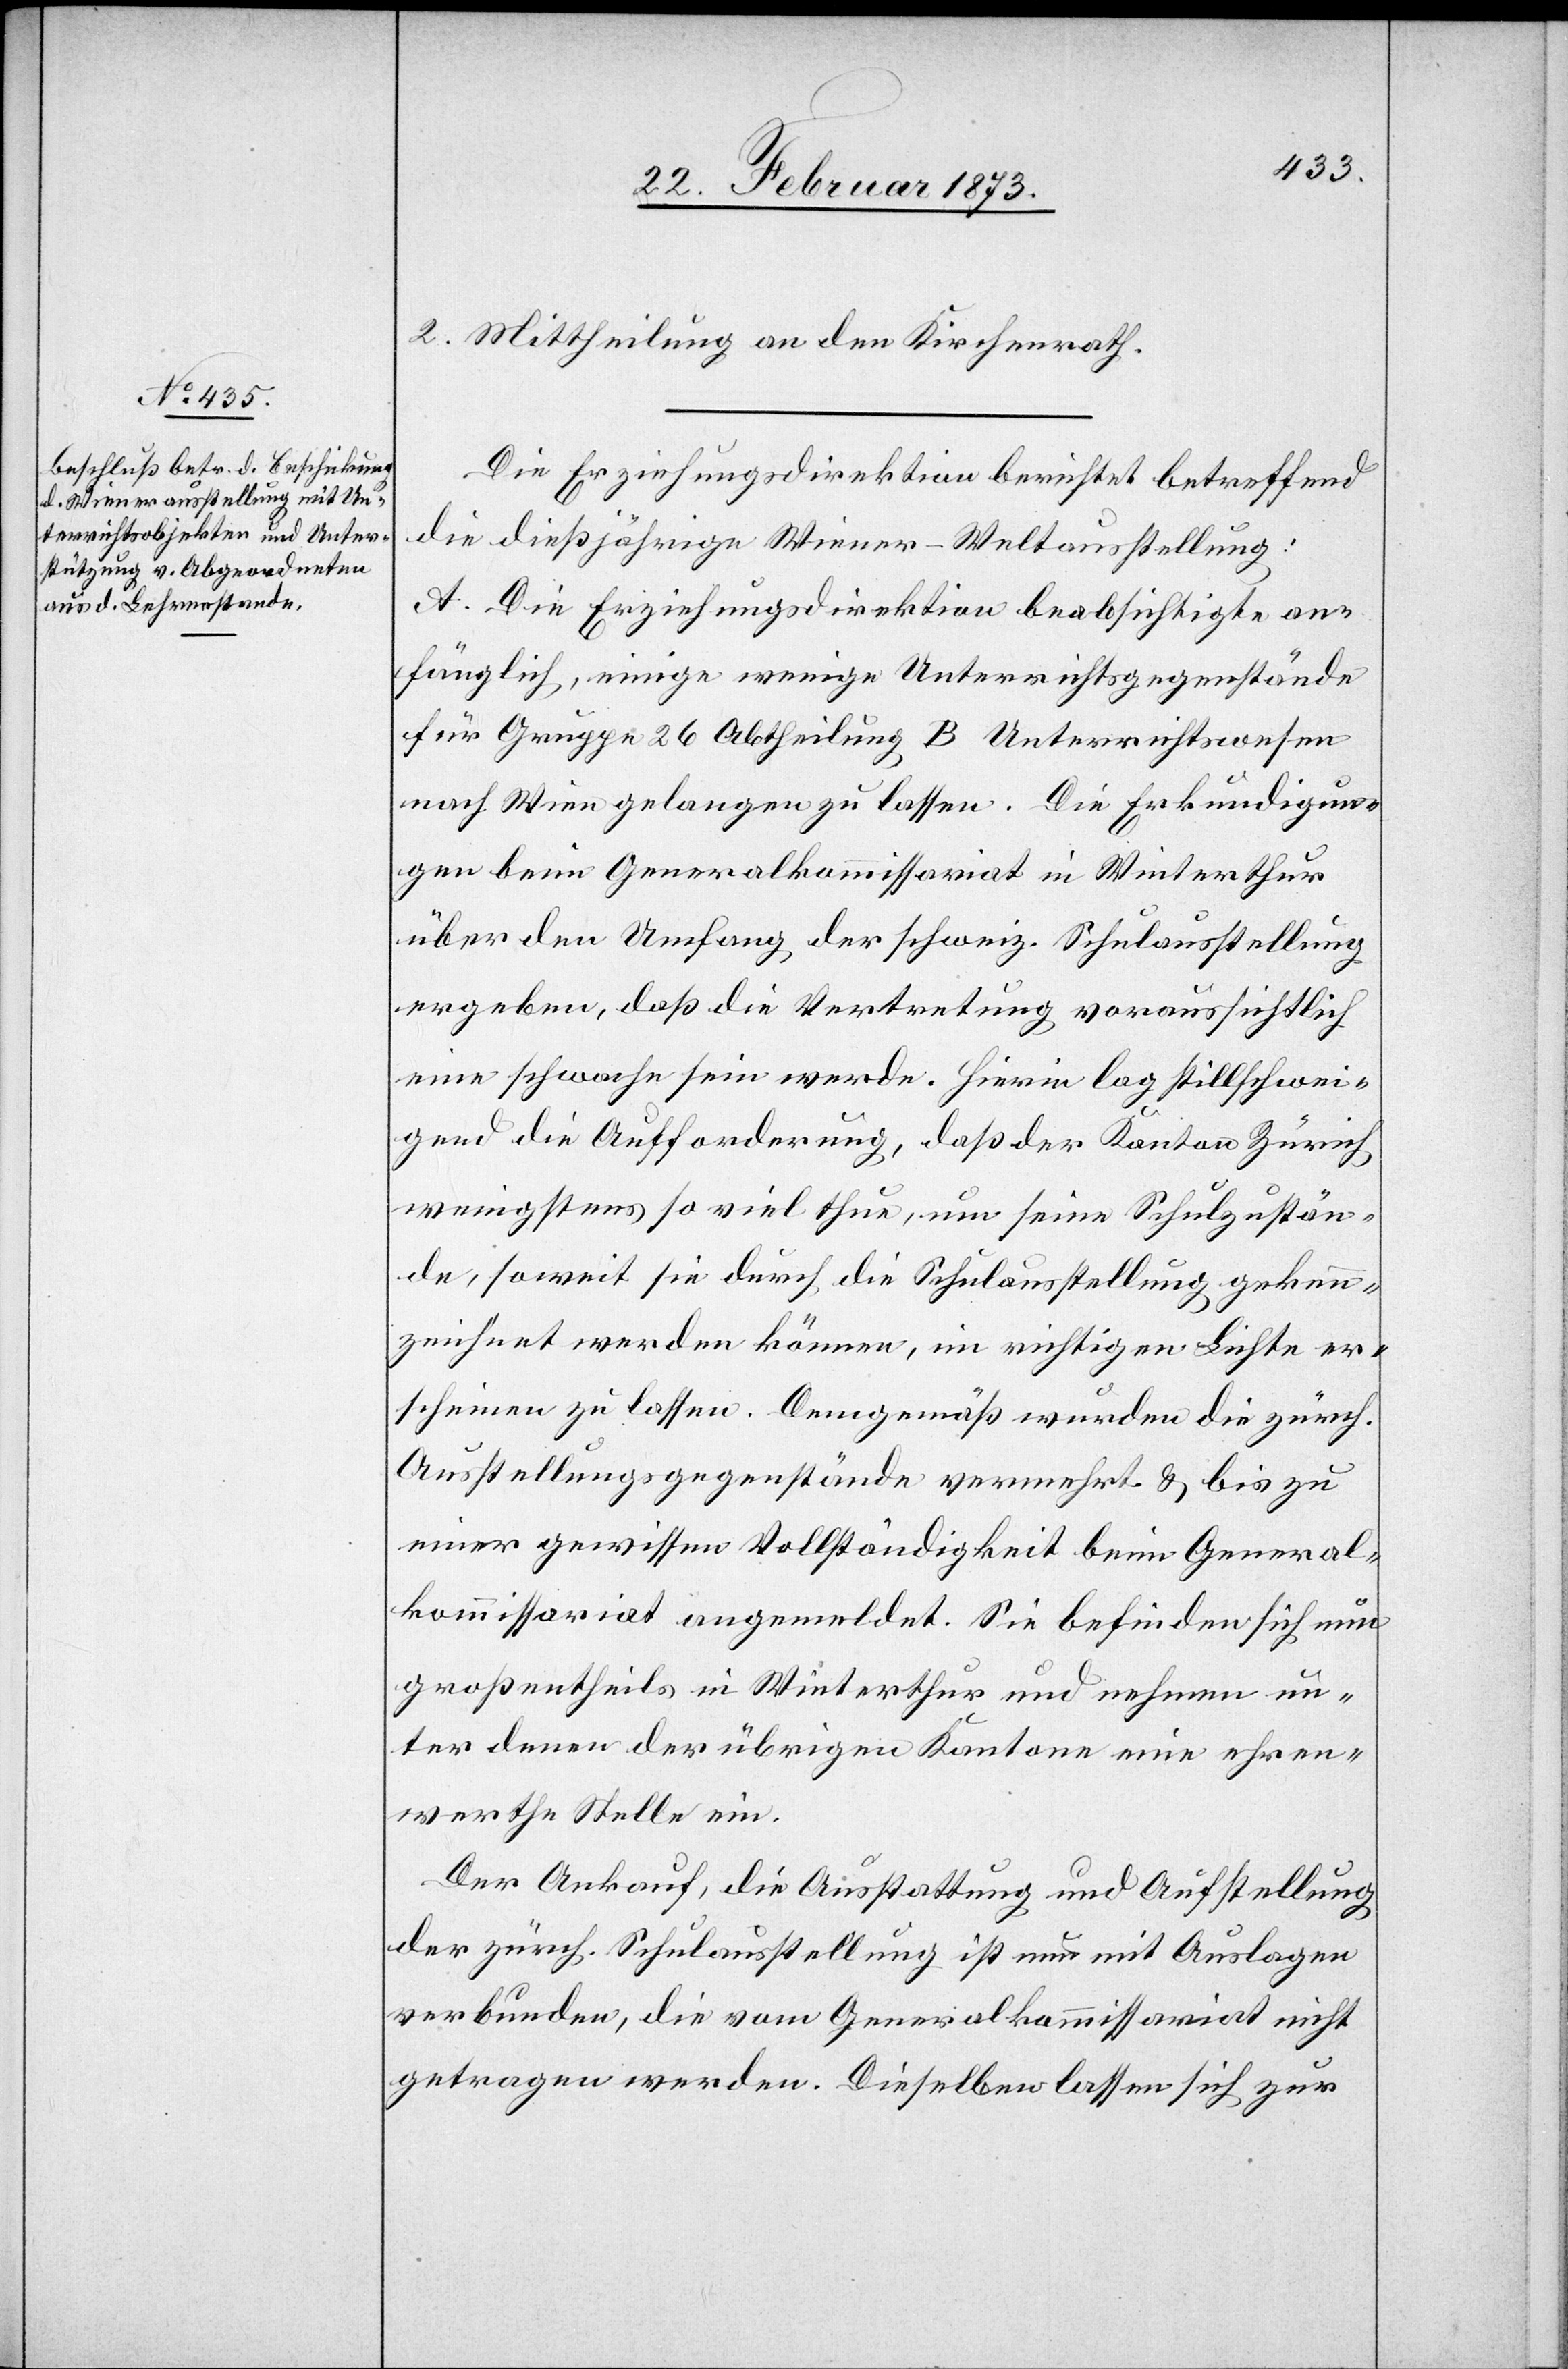
Die Erziehungsdirektion berichtet betreffend
die dießjährige Wiener-Weltausstellung:
A. Die Erziehungsdirektion beabsichtigte an¬
fänglich, einige wenige Unterrichtsgegenstände
für Gruppe 26 Abtheilung B Unterrichtswesen
nach Wien gelangen zu lassen. Die Erkundigun¬
gen beim Generalkommissariat in Winterthur
über den Umfang der schweiz. Schulausstellung
ergeben, daß die Vertretung voraussichtlich
eine schwache sein werde. Hierin lag stillschwei¬
gen die Aufforderung, daß der Kanton Zürich
wenigstens so viel thue, um seine Schulzustän¬
de, soweit sie durch die Schulausstellung gekenn¬
zeichnet werden können, im richtigen Lichte er¬
scheinen zu lassen. Demgemäß wurden die zürch.
Ausstellungsgegenstände vermehrt u. bis zu
einer gewissen Vollständigkeit beim General¬
kommissariat angemeldet. Sie befinden sich nun
großentheils in Winterthur und nehmen un¬
ter denen der übrigen Kantone eine ehren¬
werthe Stelle ein.
Der Ankauf, die Ausstattung und Aufstellung
der zürch. Schulausstellung ist neu mit Auslagen
verbunden, die vom Generalkommissariat nicht
getragen werden. Dieselben lassen sich zur